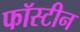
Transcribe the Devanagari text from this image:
फॉस्टीन